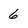
Character: 6